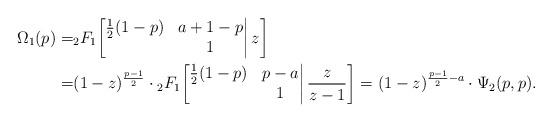
LaTeX: \begin{align*}\Omega_1(p)=&{}_2F_1\bigg[\begin{matrix}\frac12(1-p)&a+1-p\\&1\end{matrix}\bigg|\,z\bigg]\\=&(1-z)^{\frac{p-1}{2}}\cdot{}_2F_1\bigg[\begin{matrix}\frac12(1-p)&p-a\\&1\end{matrix}\bigg|\,\frac{z}{z-1}\bigg]=(1-z)^{\frac{p-1}{2}-a}\cdot\Psi_2(p,p).\end{align*}